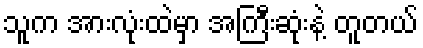
သူက အားလုံးထဲမှာ အကြီးဆုံးနဲ့ တူတယ်